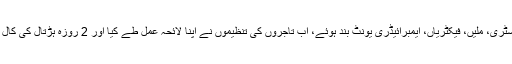
پہلے انڈسٹری، ملیں، فیکٹریاں، ایمبرائیڈری یونٹ بند ہوئے، اب تاجروں کی تنظیموں نے اپنا لائحہ عمل طے کیا اور 2 روزہ ہڑتال کی کال دے دی۔